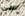
سي